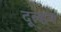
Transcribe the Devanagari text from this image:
दूल्हन